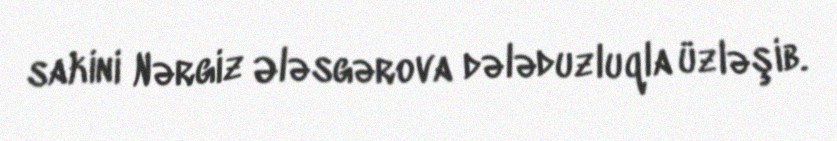
sakini Nərgiz Ələsgərova dələduzluqla üzləşib.